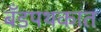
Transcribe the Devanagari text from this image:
बँडपथकात